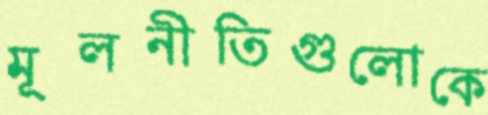
মূলনীতিগুলোকে